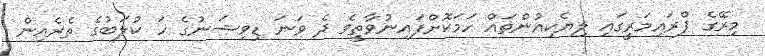
މިރޭގެ ޕްރައިމަރީގައި ލިޔެކިއުންތައް ހަމަކޮށްފައިނުވާތީވެ ދެ ވަނަ ޑިވިޝަނުގެ ހަ ކުލަބުގެ ތެރެއިން